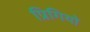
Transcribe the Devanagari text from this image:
प्रिगियो